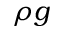
\rho g